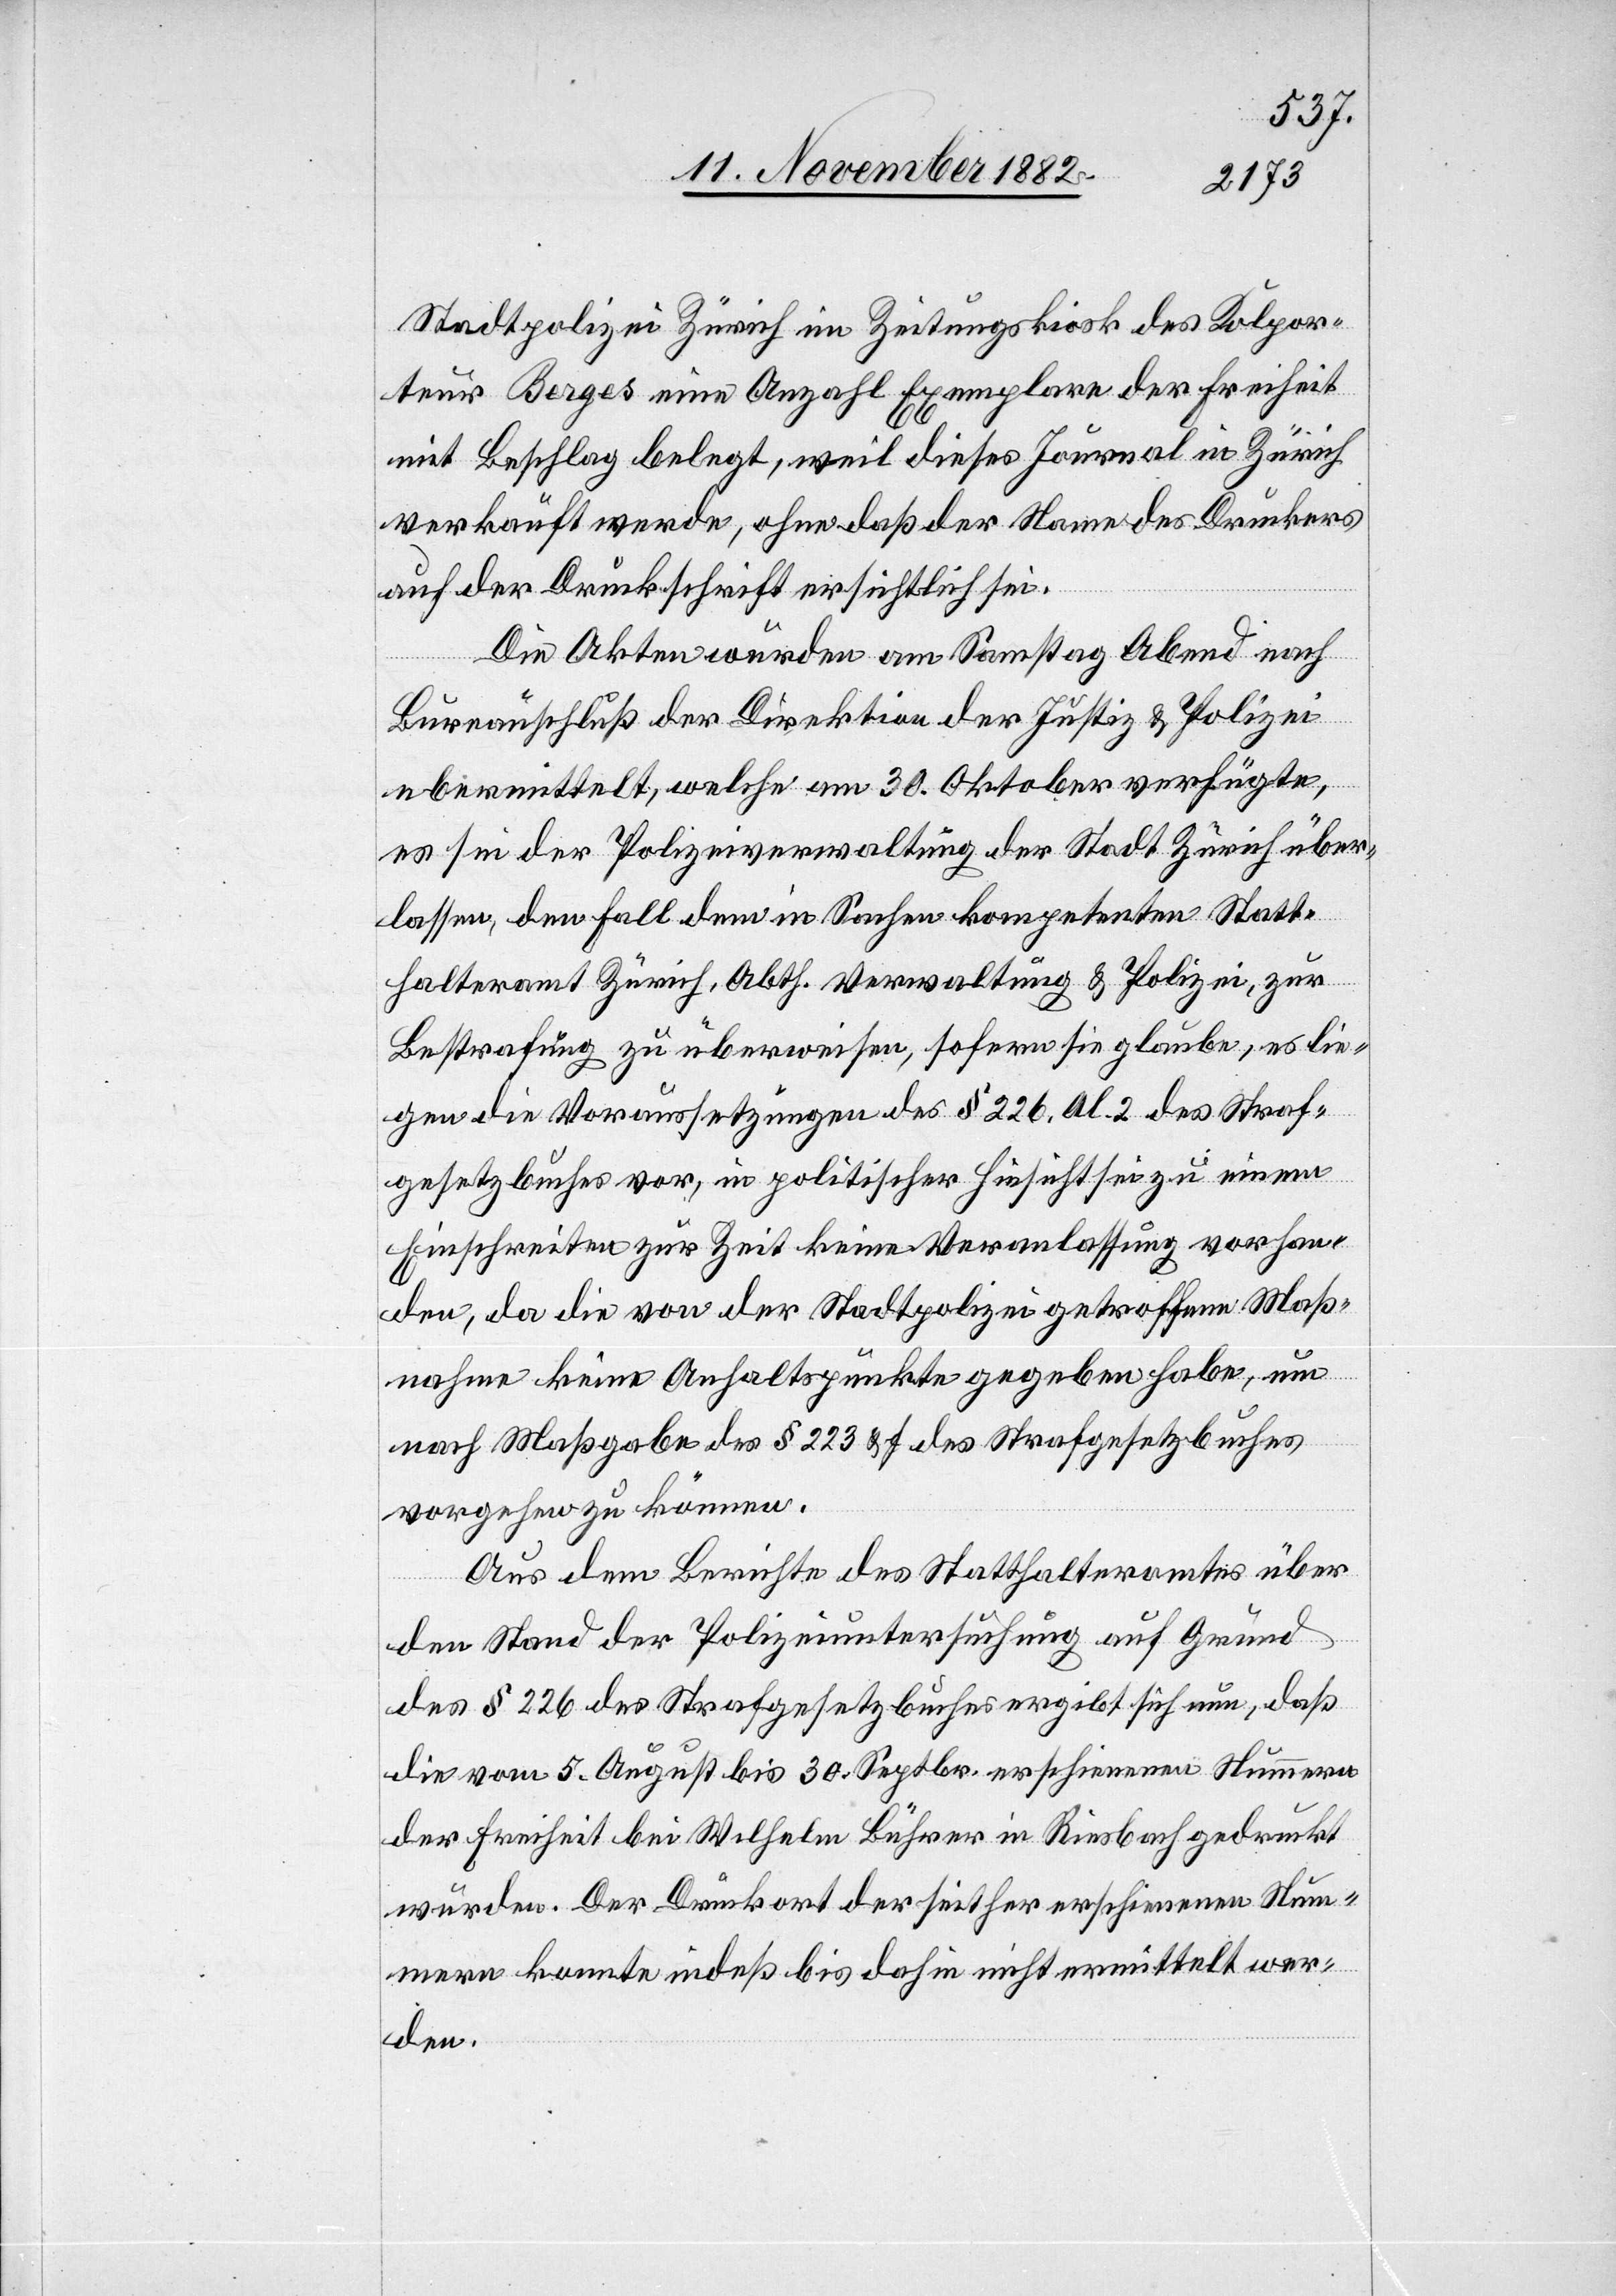
Stadtpolizei Zürich im Zeitungskiosk des Kolpor¬
teur Berges eine Anzahl Exemplare der Freiheit
mit Beschlag belegt, weil dieses Journal in Zürich
verkauft werde, ohne daß der Name des Druckers
auf der Druckschrift ersichtlich sei.
Die Akten wurden am Samstag Abend nach
Bureauschluß der Direktion der Justiz & Polizei
ubermittelt [sic!], welche am 30. Oktober verfügte,
es sei der Polizeiverwaltung der Stadt Zürich über¬
lassen, den Fall dem in Sachen kompetenten Statt¬
halteramt Zürich, Abth. Verwaltung & Polizei, zur
Bestrafung zu überweisen, sofern sie glaube, es lie¬
gen die Voraussetzungen des § 226, Al. 2 des Straf¬
gesetzbuches vor, in politischer Hinsicht zu neuem
Einschreiten zur Zeit keine Veranlassung vorhan¬
den, da die von der Stadtpolizei getroffene Maß¬
nahme keine Anhaltspunkte gegeben habe, um
nach Maßgabe des § 223 & f des Strafgesetzbuches
vorgehen zu können.
Aus dem Berichte des Statthalteramtes über
den Stand der Polizeiuntersuchung auf Grund
des § 226 des Strafgesetzbuches ergibt sich nun, daß
die vom 5. August bis 30. Septbr. erschienenen Nummern
der Freiheit bei Wilhelm Bührer in Riesbach gedruckt
wurden. Der Druckort der seither erschienenen Num¬
mern konnte indeß bis dahin nicht ermittelt wer¬
den.